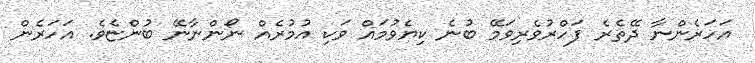
އަހަރެންނާ ދޭތެރެ ފަހްރުވެރިވަމޭ ބުނެ ކިޔެވުމައް ވަކި އުމުރެއް ނޯންނާނޭ ބުންޏެވެ. އަހަރެން